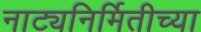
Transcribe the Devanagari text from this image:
नाट्यनिर्मितीच्या